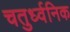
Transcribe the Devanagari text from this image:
चतुर्ध्वनिक